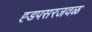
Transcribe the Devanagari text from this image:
ह्डपसरजवळ